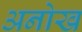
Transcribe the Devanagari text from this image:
अनोख